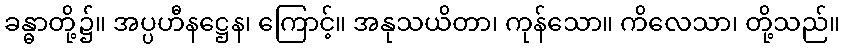
ခန္ဓာတို့၌။ အပ္ပဟီနဋ္ဌေန၊ ကြောင့်။ အနုသယိတာ၊ ကုန်သော။ ကိလေသာ၊ တို့သည်။